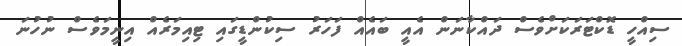
ސިިއްހީ ޑޮކްޓަރަކަށްވެސް ދައްކާނަން އެއީ ބައެއް ފަހަރު ސިކުންޑީގައި ޓިއިމަރެއް އިނީމަވެސް ނުހުނަ